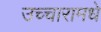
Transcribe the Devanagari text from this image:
उच्चारामधे